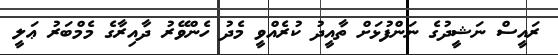
ރައީސް ނަޝީދުގެ ނަންފުޅަށް ތާއީދު ކުރެއްވީ މެދު ހެންވޭރު ދާއިރާގެ މެމްބަރު ޢަލީ